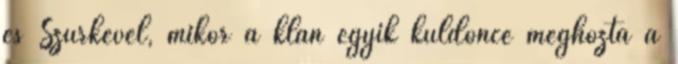
és Szürkével, mikor a klán egyik küldönce meghozta a